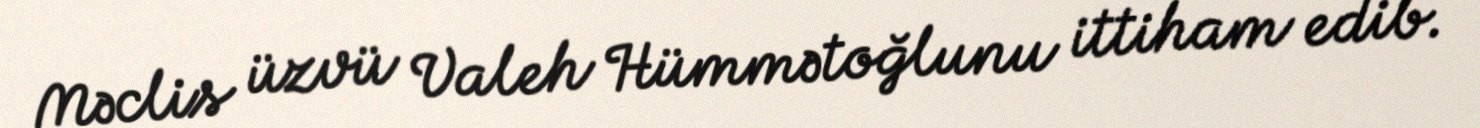
Məclis üzvü Valeh Hümmətoğlunu ittiham edib.